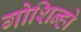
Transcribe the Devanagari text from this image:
गोशिन्हो